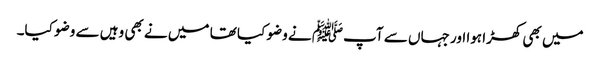
میں بھی کھڑا ہوا اور جہاں سے آپﷺ نے وضو کیا تھا میں نے بھی وہیں سے وضو کیا۔